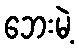
ဘေးမဲ့